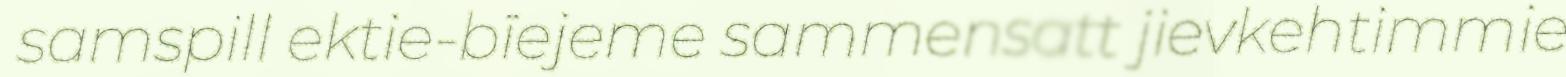
samspill ektie-bïejeme sammensatt jievkehtimmie